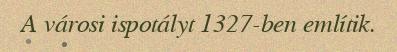
A városi ispotályt 1327-ben említik.